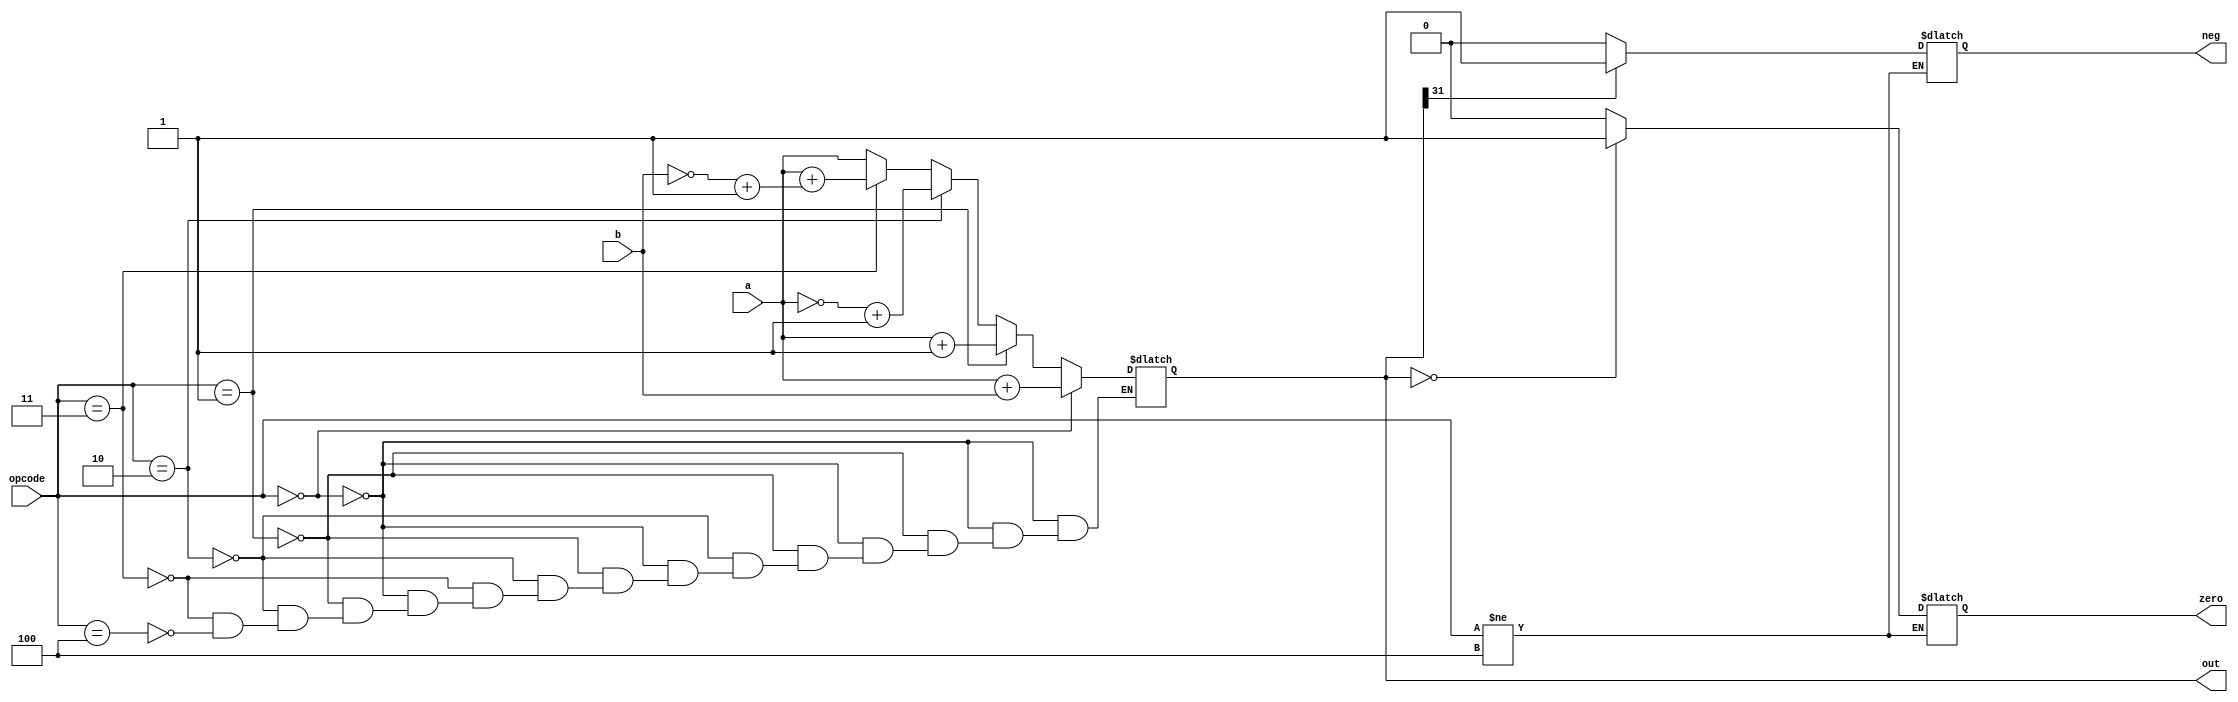
`timescale 1ns / 1ps
//////////////////////////////////////////////////////////////////////////////////
// Company: 
// Engineer: 
// 
// Design Name: 
// Module Name: ALU
// Project Name: 
// Target Devices: 
// Tool Versions: 
// Description: 
// 
// Dependencies: 
// 
// Revision:
// Revision 0.01 - File Created
// Additional Comments:
// 
//////////////////////////////////////////////////////////////////////////////////


module ALU(a, b, opcode, out, zero, neg);
    input [31:0] a;
    input [31:0] b;
    input [3:0] opcode;
    wire [31:0] nega;
    wire [31:0] muxaout;
    wire [31:0] muxbout;
    reg [1:0] muxasel;
    reg [1:0] muxbsel;
    output reg [31:0] out;
    output reg zero;
    output reg neg;
    //twoscomp two(a, nega);
    //mux muxa(a , 1, nega, 0, muxasel, muxaout);
    //mux muxb(b, 0, a, 0, muxbsel, muxbout);
    //fullbitadder add(muxaout, muxbout, out);
    always@ (a, b, opcode)
    begin

        if (opcode == 4'b0000) //ADD Instruction
        begin
            out = a + b;
            //muxasel = 2'b00; //passes a
            //muxbsel = 2'b00; //passes b
        end
        else if (opcode == 4'b0001) //INCREMENT B Instruction
        begin
            out = a + 1;
            //muxasel = 2'b01; //passes 1
            //muxbsel = 2'b10; //passes a
        end
        else if (opcode == 4'b0010) //NEGATE A Instruction
        begin
            //muxasel = 2'b10; //passes neg a
            //muxbsel = 2'b01;//passes 0
            out = ~a + 1;
        end
        else if (opcode == 4'b0011) //SUB A from B Instruction
        begin
            //muxasel = 2'b10;//passes neg a
            //muxbsel = 2'b00;//passes b
            out = a + (~b + 1);
        end
        else if (opcode == 4'b0100)//PASS a 
        begin
            //muxasel = 2'b00;//passes a
            //muxbsel = 2'b01;//passes 0
            out = a;
        end
         //feeds whatever a and b are to ALU
        
    end
    
    
    
    always@ (out)
    begin
        if (opcode != 4'b0100) begin
            if (out == 32'd0) zero = 1;
            else zero = 0;
            if (out[31] == 1) neg = 1;
            else neg = 0;
        end
    /*
        zero = 0;
        neg = 0;
        if (out == 0)
        begin
            zero = 1;
        end
        else if (out[31] == 1)
        begin
            neg = 1;
        end*/
    end  
endmodule